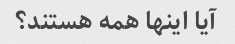
آیا اینها همه هستند؟